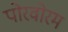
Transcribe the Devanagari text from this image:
पोरवोरम